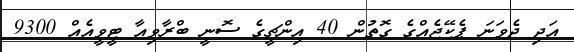
އަދި ދެވަނަ ޕެކޭޖެއްގެ ގޮތުން 40 އިންޗީގެ ސޮނީ ބްރާވިއާ ޓީވީއެއް 9300